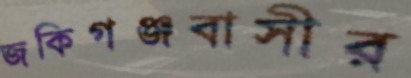
জকিগঞ্জবাসীর